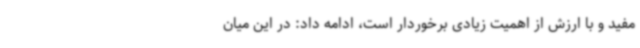
مفید و با ارزش از اهمیت زیادی برخوردار است، ادامه داد: در این میان